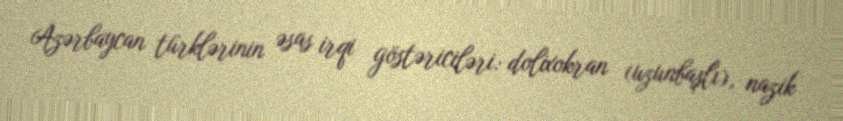
Azərbaycan türklərinin əsas irqi göstəriciləri: dolixokran (uzunbaşlı), nazik